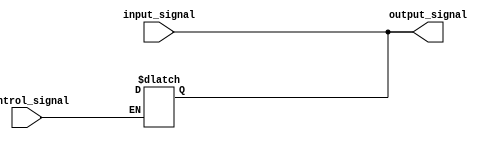
module IO_Buffer (
    input wire input_signal,
    input wire control_signal,
    output reg output_signal
);

// Input stage
assign output_signal = input_signal;

// Output stage
always @ (control_signal)
begin
    if (control_signal)
        output_signal = 1'bz; // High impedance state
    else
        output_signal = input_signal;
end

endmodule